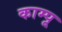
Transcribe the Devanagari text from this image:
काम्पू